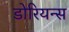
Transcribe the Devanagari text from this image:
डोरियन्स